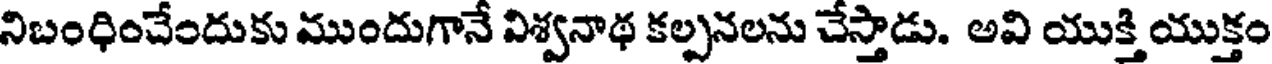
నిబంధించేందుకు ముందుగానే విశ్వనాథ కల్పనలను చేస్తాడు. అవి యుక్తి యుక్తం